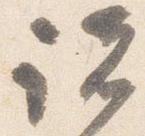
諸